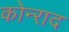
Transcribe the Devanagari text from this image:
कोन्‍राद